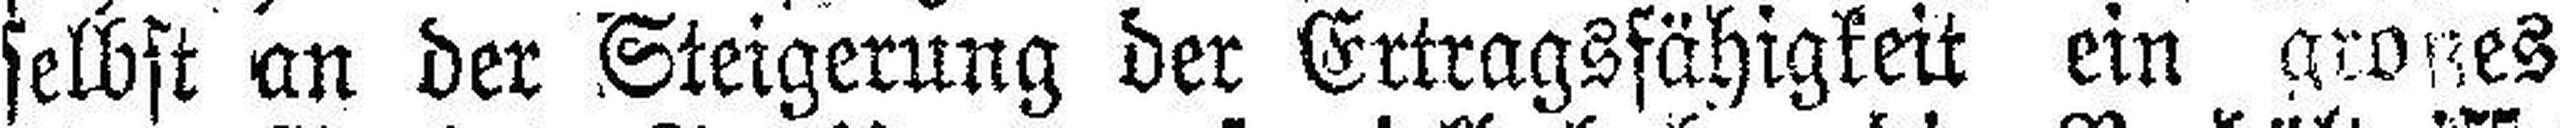
selbst an der Steigerung der Ertragsfähigkeit ein großes